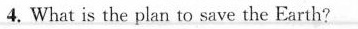
4. What is the plan to save the Earth?